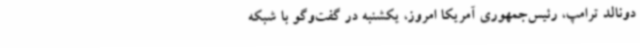
دونالد ترامپ، رئیس‌جمهوری آمریکا امروز،‌ یکشنبه در گفت‌وگو با شبکه